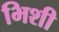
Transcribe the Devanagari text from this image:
भिशी